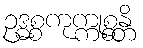
ဥဒ္ဓစ္စကုက္ကုစ္စန္တိ